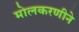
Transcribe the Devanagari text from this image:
मोलकरणीने